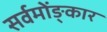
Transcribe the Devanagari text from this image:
सर्वमोंङ्कार